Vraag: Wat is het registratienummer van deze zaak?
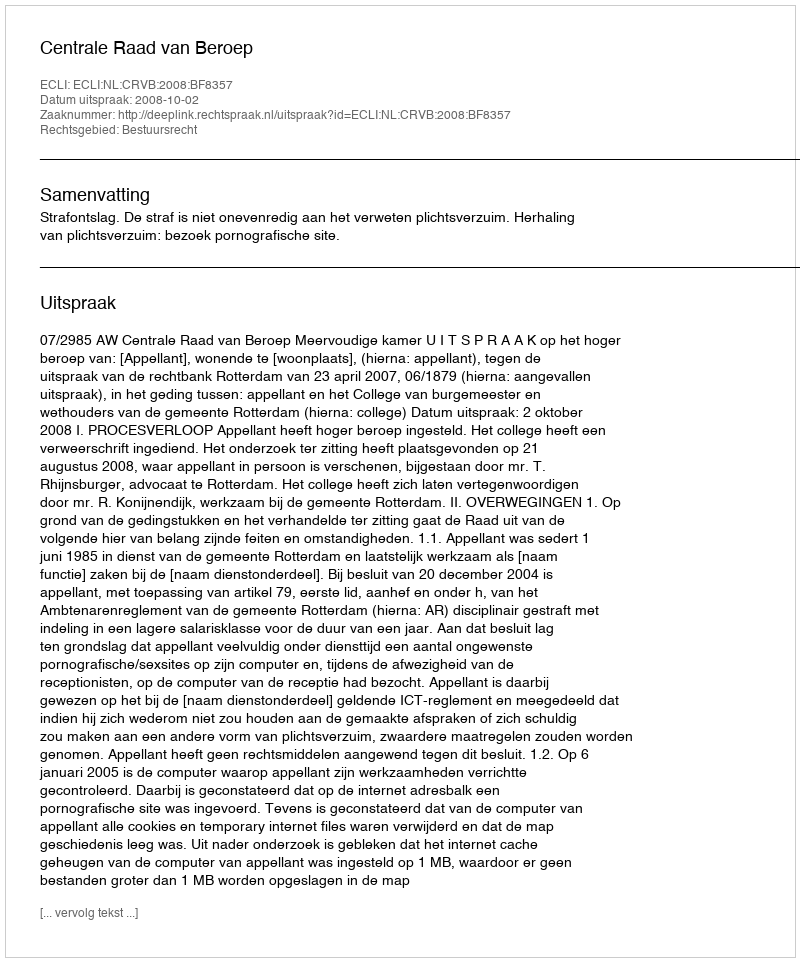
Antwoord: http://deeplink.rechtspraak.nl/uitspraak?id=ECLI:NL:CRVB:2008:BF8357